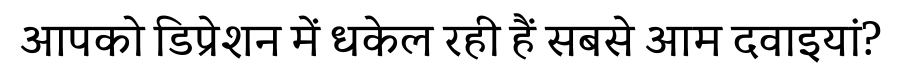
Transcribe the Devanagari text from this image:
आपको डिप्रेशन में धकेल रही हैं सबसे आम दवाइयां?